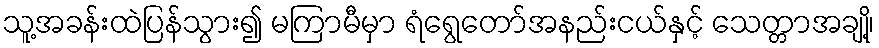
သူ့အခန်းထဲပြန်သွား၍ မကြာမီမှာ ရံရွေတော်အနည်းငယ်နှင့် သေတ္တာအချို့၊